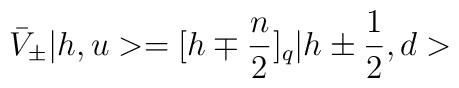
\bar V_{\pm}|h,u> = [h\mp {n\over 2}]_q |h\pm {1\over 2},d>